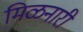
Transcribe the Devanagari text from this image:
मिळनारी